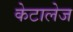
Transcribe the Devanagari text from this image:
केटालेज